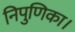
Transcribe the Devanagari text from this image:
निपुणिका।